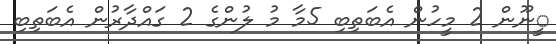
ީނޫން 2 މީހުން އެބަތިބި 5މާ މު ލުންގެ 2 ގައްދާރުން އެބަތިބި